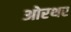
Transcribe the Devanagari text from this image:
ओरथर